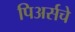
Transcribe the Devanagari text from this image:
पिअर्सचे